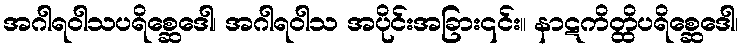
အဂါရဝါသပရိစ္ဆေဒေါ၊ အဂါရဝါသ အပိုင်းအခြား၎င်း။ နာဋကိတ္ထိပရိစ္ဆေဒေါ၊